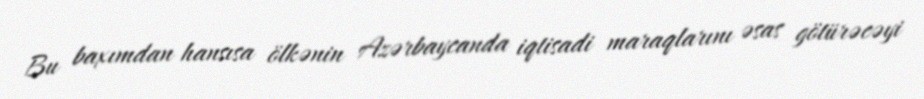
Bu baxımdan hansısa ölkənin Azərbaycanda iqtisadi maraqlarını əsas götürəcəyi